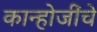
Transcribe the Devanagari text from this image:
कान्होजींचे